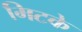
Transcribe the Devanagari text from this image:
मिटके